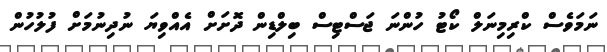
ނަމަވެސް ކްރިމިނަލް ކޯޓު ހުންނަ ޖަސްޓިސް ބިލްޑިން ދޮށަށް އެއްވިޔަ ނުދިނުމަށް ފުލުހުން